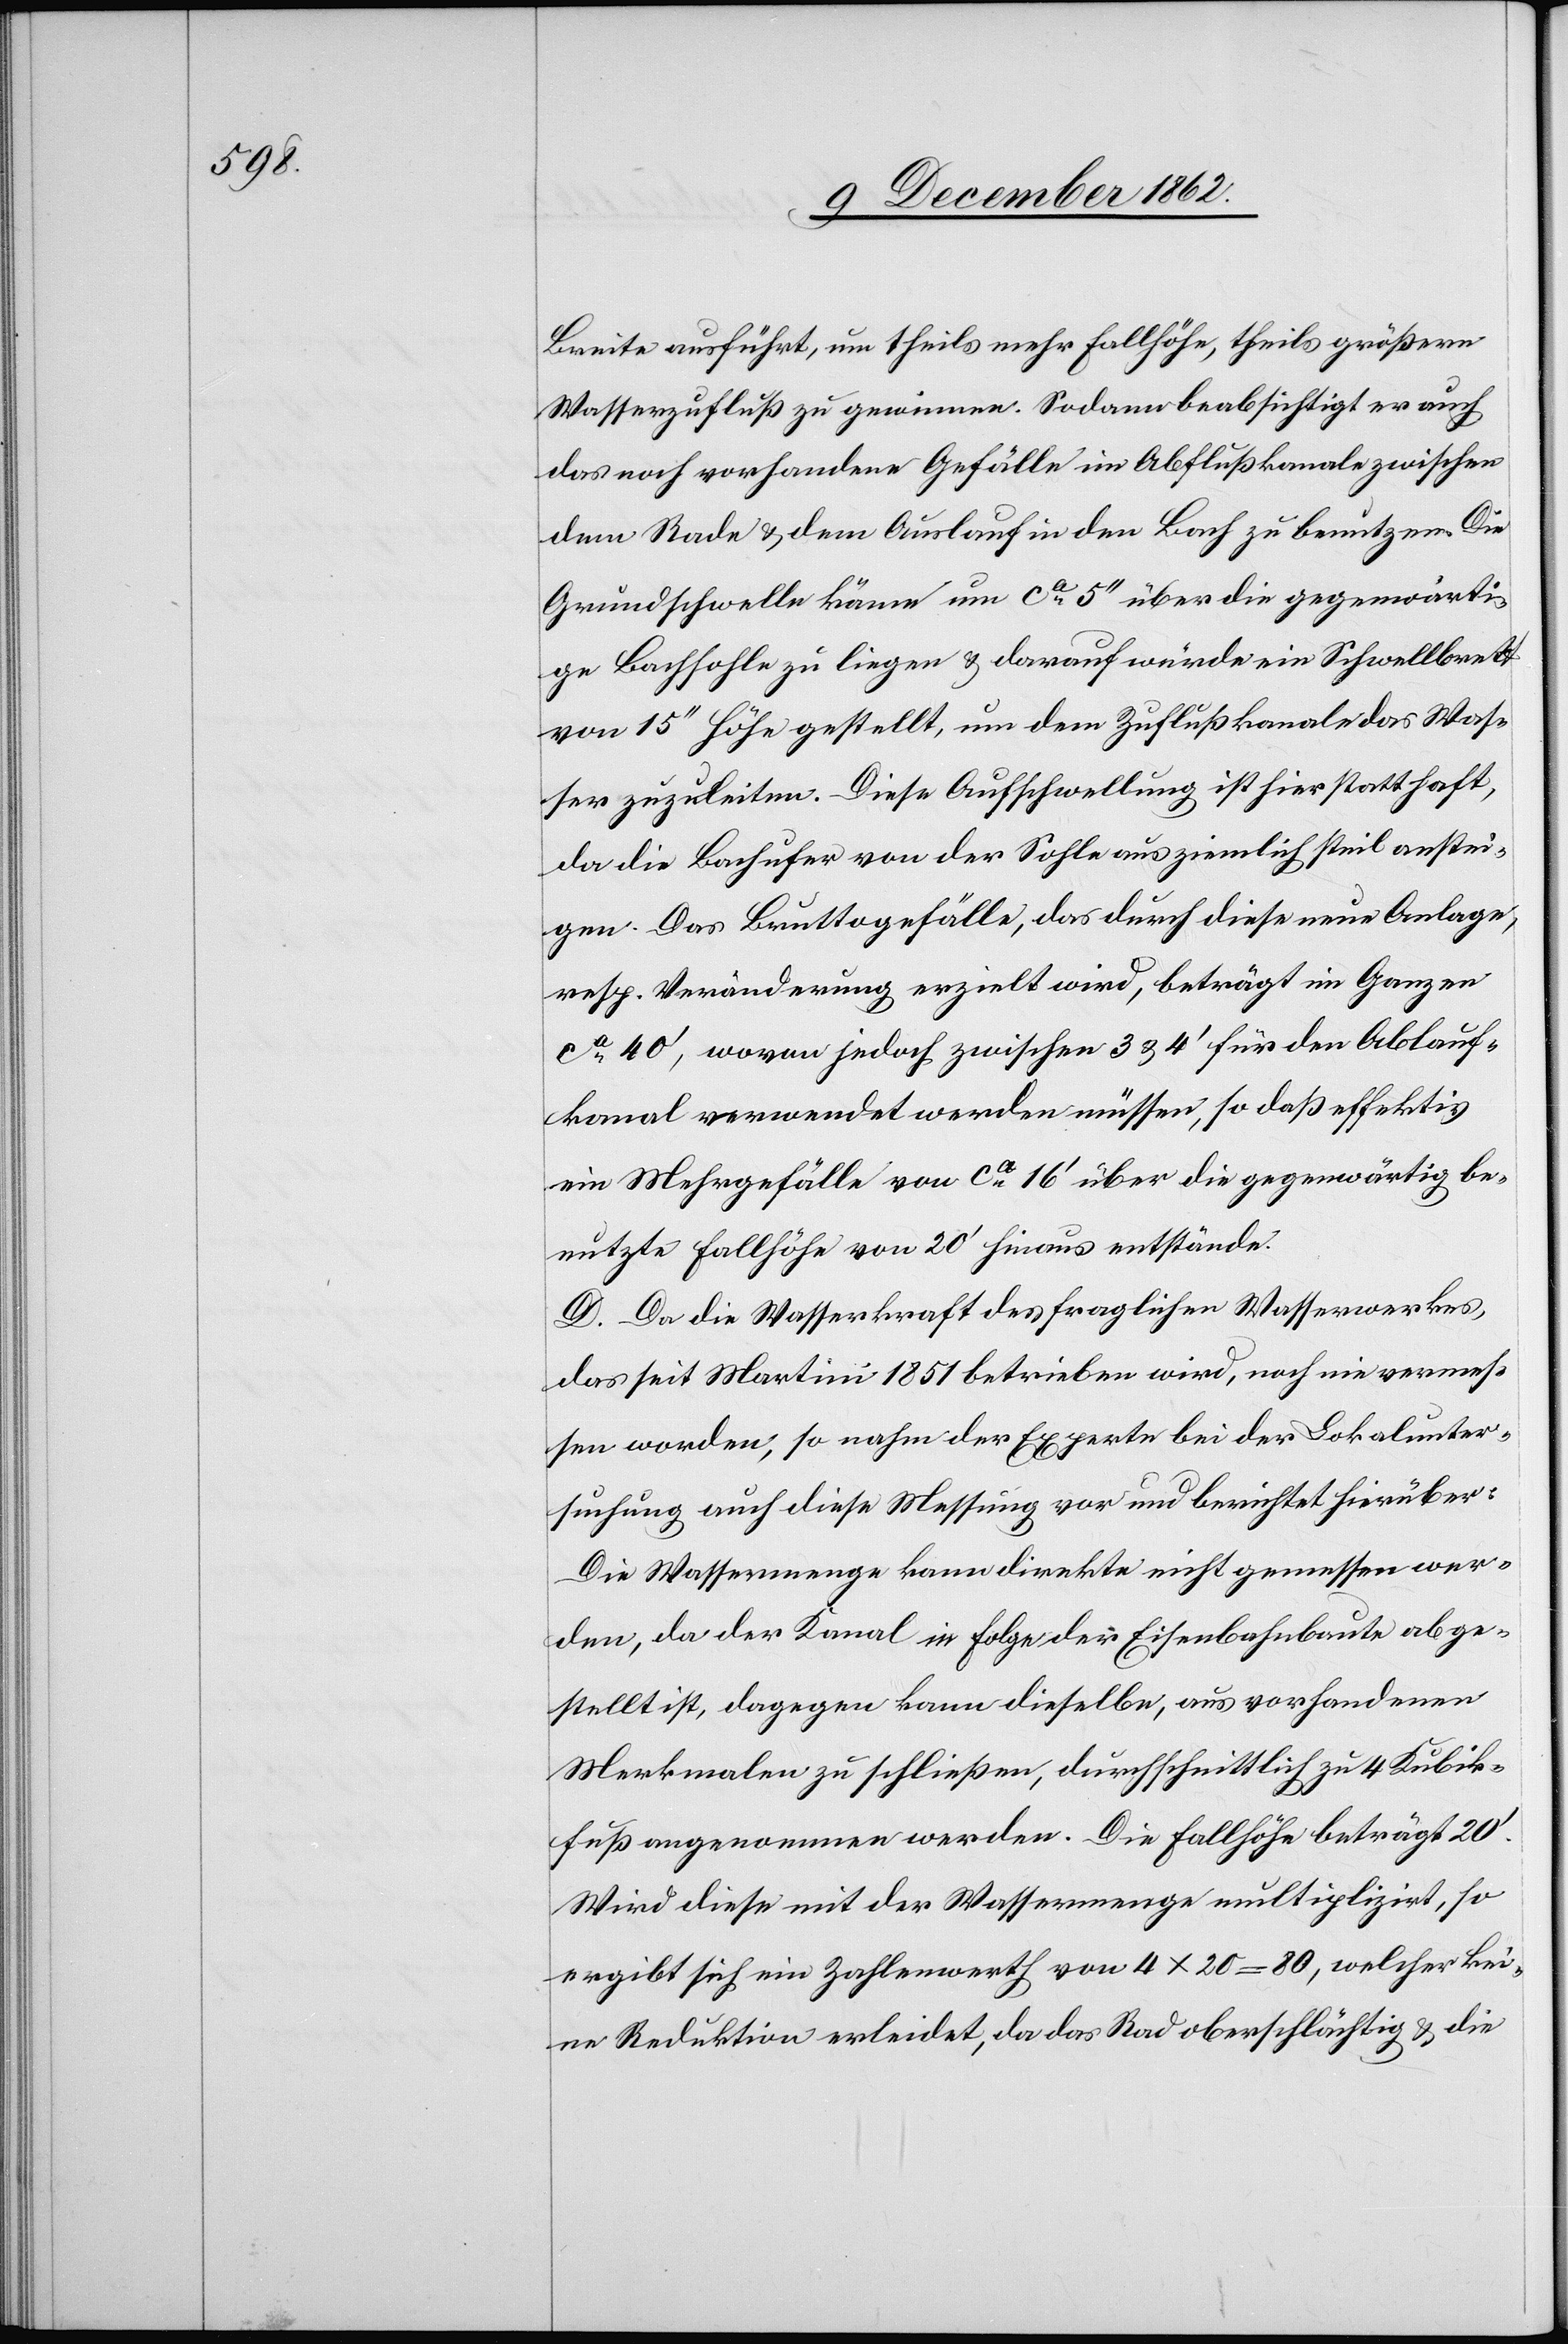
Breite ausführt, um theils mehr Fallhöhe, theils größern
Wasserzufluß zu gewinnen. Sodann beabsichtigt er auch
das noch vorhandene Gefälle im Abflußkanale zwischen
dem Rade u. dem Auslauf in den Bach zu benutzen. Die
Grundschwelle käme um ca 5’’ über die gegenwärti¬
ge Bachsohle zu liegen u. darauf würde ein Schwellbrett
von 15’’ Höhe gestellt, um dem Zuflußkanale das Was¬
ser zuzuleiten. Diese Aufschwellung ist hier statthaft,
da die Bachufer von der Sohle aus ziemlich steil anstei¬
gen. Das Bruttogefälle, das durch diese neue Anlage,
resp. Veränderung erzielt wird, beträgt im Ganzen
ca 40’, wovon jedoch zwischen 3 u. 4’ für den Ablauf¬
kanal verwendet werden müssen, so daß effektiv
ein Mehrgefälle von ca 16’ über die gegenwärtig be¬
nutzte Fallhöhe von 20’ hinaus entstände.
D. Da die Wasserkraft des fraglichen Wasserwerkes,
das seit Martini 1851 betrieben wird, noch nie vermes¬
sen worden, so nahm der Experte bei der Lokalunter¬
suchung auch diese Messung vor und berichtet hierüber:
Die Wassermenge kann direkte nicht gemessen wer¬
den, da der Kanal in Folge der Eisenbahnbaute abge¬
stellt ist, dagegen kann dieselbe, aus vorhandenen
Merkmalen zu schließen, durchschnittlich zu 4 Kubik¬
fuß angenommen werden. Die Fallhöhe beträgt 20’.
Wird diese mit der Wassermenge multiplizirt, so
ergibt sich ein Zahlenwerth von 4x20 = 80, welcher kei¬
ne Reduktion erleidet, da das Rad oberschlächtig u. die